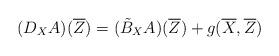
LaTeX: \begin{align*}(D_X{A})(\overline{Z})=(\tilde{B}_X{A})(\overline{Z})+g(\overline{X},\overline{Z})\end{align*}